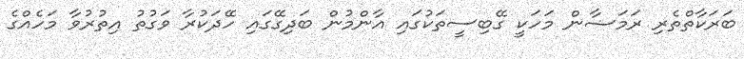
ބަރަކާތްތެރި ރަމަޟާން މަހަކީ ގޭބިސީތަކުގައި އާންމުން ބަދިގޭގައި ހޭދަކުރާ ވަގުތު އިތުރުވާ މަހެއްގެ